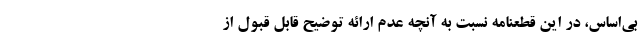
بی‌اساس، در این قطعنامه نسبت به آنچه عدم ارائه توضیح قابل قبول از